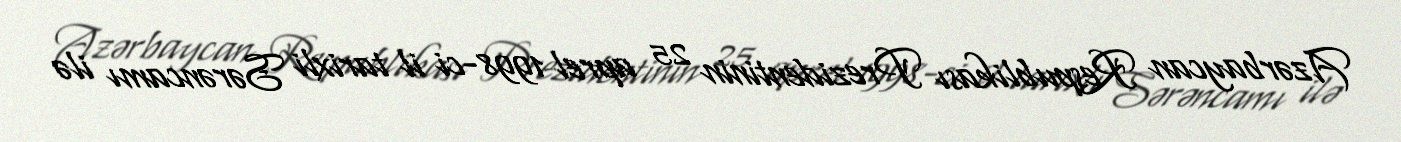
Azərbaycan Respublikası Prezidentinin 25 aprel 1998-ci il tarixli Sərəncamı ilə